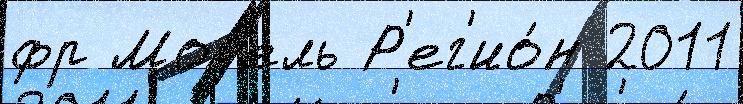
фр Моз'ель Р'ег'ио́н 2011